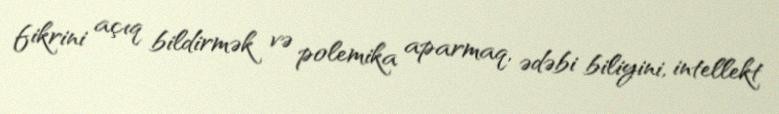
fikrini açıq bildirmək və polemika aparmaq, ədəbi biliyini, intellekt